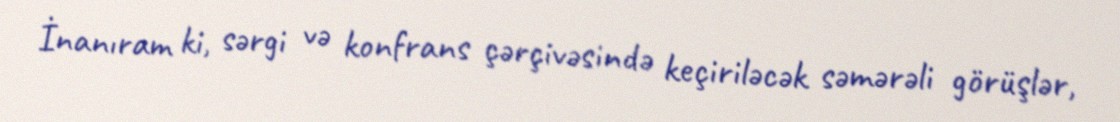
İnanıram ki, sərgi və konfrans çərçivəsində keçiriləcək səmərəli görüşlər,